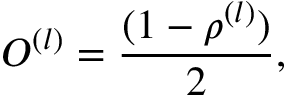
O ^ { ( l ) } = { \frac { ( 1 - \rho ^ { ( l ) } ) } { 2 } } ,